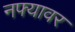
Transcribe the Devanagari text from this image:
नफ्यावर